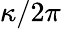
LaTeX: \kappa/2\pi